Annual statistical returns and brief notes on vaccination in Bengal - 1896-1909
Year: 1896
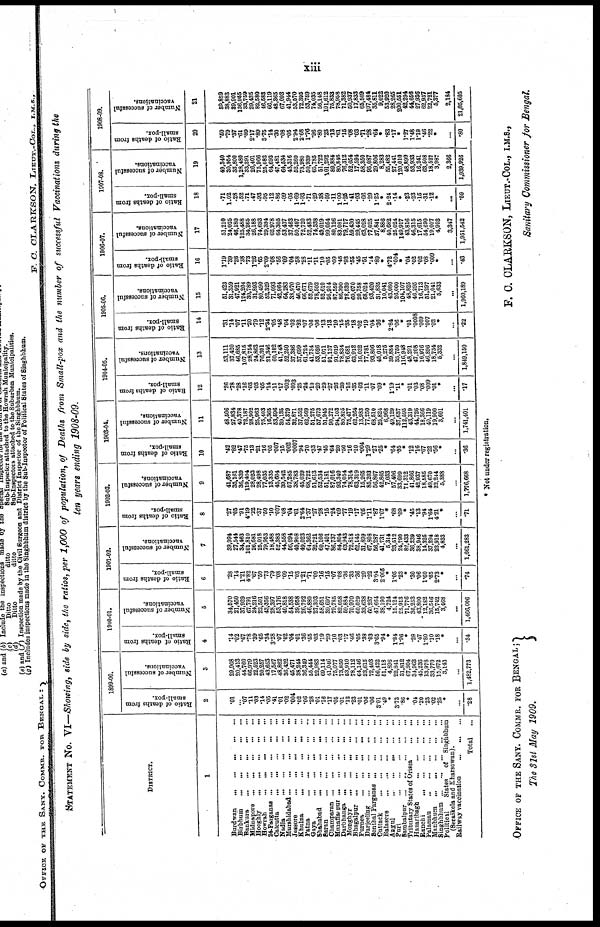
xiii
STATEMENT No. VI—Showing, side by side, the ratios, per 1,000 of population, of Deaths from Small-pox and the number of successful Vaccinations during the
ten years ending 1908-09.
DISTRICT.
1
Burdwan
...
...
...
...
...
Birbhum
...
...
...
...
...
Bankura
...
...
...
...
Midnapore
...
...
...
...
...
Hooghly
...
...
...
...
...
Howrah
...
...
...
...
...
24-Parganas
...
...
...
...
...
Calcutta
...
...
...
...
...
Nadia ... ... ... ... ...
Murshidabad
...
...
...
...
...
Jessore
...
...
...
...
...
Khulna
...
...
...
...
...
Patna
...
...
...
...
...
Gaya
...
...
...
...
...
Shahabad
...
...
...
...
...
Saran
...
...
...
...
...
Champaran
...
...
...
...
...
Muzaffarpur
...
...
...
...
...
Darbhanga
...
...
...
...
...
Honghyr
...
...
...
...
...
Bhagalpur
...
...
...
...
...
Purnea
...
...
...
...
...
Darjeeling
...
...
...
...
...
Sonthal Parganas
...
...
...
...
Cuttack
...
...
...
...
...
Balasore
...
...
...
...
...
Angul
...
...
...
...
...
Pari
...
...
...
...
...
Sambalpur
... ... ... ... ...
Tributary States of Orissa
...
...
Hazaribagh
...
...
...
...
Ranchi
...
...
...
...
...
Palamau
...
...
...
...
...
Manbhum
...
...
...
...
...
Singhbhum ...
...
...
...
...
Political
States
of
Singhbhum
(Seraikela and Kharsowan).
Railway vaccination
...
...
...
Total ...
1899-00.
Ratio of deaths from
small-pox.
2
.01
... .07
.11
.03
.14
.05
.41
.01
.02
.004
.02
.06
.28
.01
.16
.17
.05
.01
.12
.23
.01
.06
.06
3.01
.49
*
3.73
.88
*
.04
.20
.23
.02
.25
*
...
.28
Number of successful
vaccinations.
3
29,908
20,413
44,760
66,979
22,523
20,257
43,653
17,567
48,862
36,432
45,471
38,244
36,349
55,444
22,983
69,114
41,046
75,077
73,850
53,910
78,112
64,146
23,615
72,408
56,422
51,118
4,896
22,841
31,812
67,804
34,963
45,236
13,978
33,770
15,672
3,143
...
1,482,773
1900-01.
Ratio of deaths from
small-pox.
4
.14
.02
.67
.78
.39
.65
.34
3.28
.07
.02
.04
.01
.36
.55
.03
.19
.29
.10
.03
.17
.46
.05
.38
.03
3.66
.94
*
1.84
1.96
*
.28
.47
1.80
.10
.18
*
...
.34
Number of successful
vaccinations.
5
34,570
21,450
37,929
67,791
24,216
22,501
43,356
28,397
53,176
40,818
54,538
39,958
26,792
46,880
27,303
58,651
39,697
79,785
82,058
59,884
70,970
60,029
33,638
60,237
47,664
38,190
4,724
15,124
25,913
71,776
36,253
43,800
12,182
36,546
15,742
3,468
...
1,466,006
1901-02.
Ratio of deaths from
small-pox.
6
.28
.14
1.21
4.82
.67
.59
.73
.79
.08
.09
.15
.03
1.21
.71
.09
.16
.15
.07
.08
.36
.33
.36
.29
.22
3.04
2.005
*
1.05
.23
*
.30
.06
1.60
.65
2.73
*
...
.74
Number of successful
vaccinations.
7
39,994
27,544
34,463
101,810
26,681
25,018
79,953
18,488
52,383
44,558
56,094
40,908
49,023
64,362
32,721
60,106
47,401
86,737
84,804
63,943
72,818
62,145
31,899
67,808
56,287
41,731
5,314
23,512
24,790
82,433
36,239
38,946
14,326
37,294
23,918
4,833
...
1,661,283
1902-03.
Ratio of deaths from
small-pox.
8
.27
.05
.91
4.19
.22
.37
.60
.10
.007
.08
.04
.01
2.64
1.37
.27
.28
.15
.24
.09
.77
.19
.17
.05
1.11
.87
1.07
*
.68
.09
*
.45
.13
.94
1.64
4.21
*
...
.71
Number of successful
vaccinations.
9
41,687
35,161
36,839
119,404
28,023
28,498
77,035
13,335
45,604
39,542
57,285
38,783
45,039
68,722
51,613
52,534
51,181
87,016
93,340
74,054
78,314
63,319
15,266
85,203
56,867
42,865
7,033
57,406
33,699
71,312
41,866
42,937
18,585
49,670
22,244
5,388
...
1,776,668
1903-04.
Ratio of deaths from
small-pox.
10
.42
.82
.47
.75
.13
.21
.16
.05
.007
.15
.002
.0007
.94
.70
.33
.47
.45
.64
.20
.50
.16
.10
.004
1.29
.27
.25
*
.64
.05
*
.12
.16
.67
.22
.56
*
...
.36
Number of successful
vaccinations.
11
48,506
27,834
40,378
72,187
28,902
25,963
75,403
16,365
53,596
39,135
54,379
32,871
37,552
62,569
51,275
57,673
51,945
90,272
94,103
80,825
75,477
62,264
13,983
77,250
68,510
25,824
6,968
49,129
37,637
112,595
43,319
44,726
18,366
40,119
19,900
3,601
...
1,741,401
1904-05.
Ratio of deaths from
small-pox.
12
.26
.78
.28
.16
.03
.03
.05
.14
.11
.17
.003
.003
.25
.24
.10
.20
.29
.27
.26
.20
.16
.35
.03
.11
.07
.09
*
1.19
.11
*
.01
.03
.08
.009
.01
*
...
.17
Number of successful
vaccinations.
13
53,111
37,420
46,685
107,815
28,754
24,863
76,301
21,346
60,102
41,748
52,250
37,386
37,699
61,724
41,734
53,626
51,071
91,137
91,019
78,834
76,681
63,913
16,032
77,781
93,806
45,018
5,275
39,884
35,750
116,948
48,291
47,208
16,976
46,896
18,734
5,333
...
1,849,150
1905-06.
R atio of deaths from
small-pox.
14
.31
.14
.07
.11
.20
.79
.12
2.34
.05
.48
.04
.02
.32
.07
.06
.06
.13
.13
.10
.15
.35
.18
.02
.19
.04
.36
*
2.84
.06
*
.01
.0008
.009
.007
.02
*
...
.22
Number of successful
vaccinations.
15
51,423
31,359
47,921
124,204
30,789
31,893
80,490
52,329
71,093
42,964
64,283
38,970
46,470
66,671
52,679
78,502
52,610
95,914
87,559
86,390
78,539
60,070
20,758
68,024
93,420
31,835
10,041
43,080
26,000
104,107
48,825
46,295
16,713
51,297
21,041
5,633
...
1,960,189
1906-47.
Ratio of deaths from
small-pox.
16
1.19
.39
.26
.38
.73
1.26
.65
2.09
.08
.56
.09
.04
.58
.28
.11
.11
.10
.05
.09
.46
.93
.55
.45
.51
.14
.80
*
4.72
.004
*
.04
.02
.02
.08
.009
*
...
.43
Number of successful
vaccinations.
17
51,210
24,025
46,180
125,488
34,265
26,188
74,693
29,394
62,978
64,305
53,437
37,463
50,407
72,720
52,483
74,338
49,019
99,054
80,126
83,081
79,717
59,430
29,445
63,028
77,025
37,841
8,886
40,682
25,024
149,917
43,816
46,315
17,615
54,690
19,007
4,903
3,347
1,951,542
1907-08.
Ratio of deaths from
small-pox.
18
.71
1.02
.28
.52
.71
.47
.93
.95
.12
.86
.09
.05
1.69
1.93
.71
.29
.38
.09
.11
1.00
1.26
.41
.03
.66
.29
1.25
*
2.24
.14
*
.23
.23
.15
.31
.12
*
...
.59
Number of successful
vaccinations.
19
49,340
30,954
35,800
1,28,480
33,291
26,401
75,966
25,082
64,693
47,481
64,534
43,316
52,260
73,980
50,939
65,785
51,722
101,292
89,884
80,846
76,312
52,054
17,594
58,350
95,087
29,806
8,283
55,482
27,441
120,010
48,899
53,933
16,241
63,508
18,527
3,987
2,366
1,939,926
1908-09.
Ratio of deaths from
small-pox.
20
.50
.79
.37
.61
.89
2.17
.89
3.75
.14
.30
.08
.05
2.94
2.68
1.76
.96
.80
.23
.13
.61
.15
.08
.03
.71
.28
.64
*
.83
.17
*
1.27
1.48
1.19
.46
.22
*
...
.80
Number of successful
vaccinations.
21
59,859
38,883
39,901
136,955
33,759
29,435
82,580
46,583
66,119
48,365
67,093
41,944
53,570
72,396
53,759
74,035
56,148
101,612
75,833
78,958
71,382
50,937
17,833
65,509
107,484
35,811
9,022
53,920
28,265
200,551
42,294
44,656
27,936
62,937
22,721
5,377
2,184
21,05,605
* Not under registration.
OFFICE OF THE SANT. COMMR. FOR BENGAL;
The 31st May 1909.
F. C. CLARKSON, LIEUT. COL., I.M.S.,
Sanitary Commissioner for Bengal.